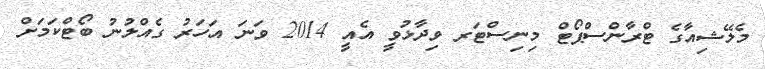
މެލޭޝިއާގެ ޓްރާންސްޕޯޓް މިނިސްޓަރ ވިދާޅުވީ އެއީ 2014 ވަނަ އަހަރު ގެއްލުނު ބޯޓްކަމަށް